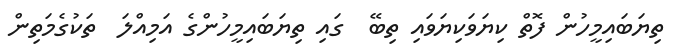
ތިޔަބައިމީހުން ފޮތް ކިޔަވަކިޔަވައި ތިބޭ  ގައި ތިޔަބައިމީހުންގެ އަމިއްލަ  ތަކުގެމަތިން